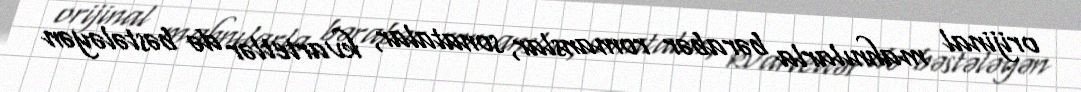
orijinal mahnılarla bərabər romanslar, sonatalar, kvartetlər də bəstələyən